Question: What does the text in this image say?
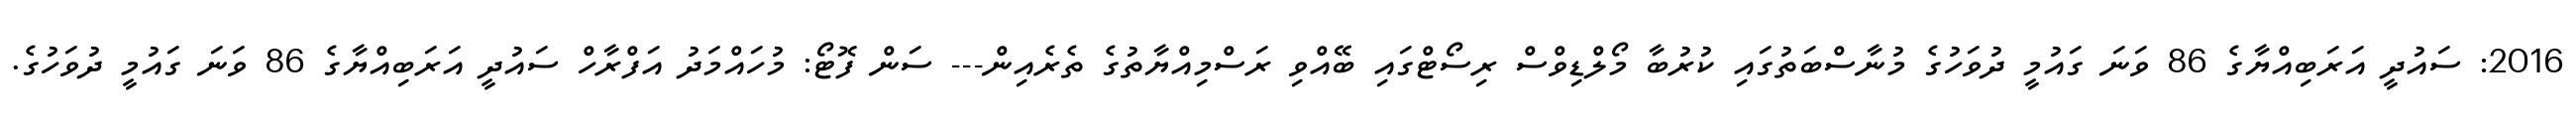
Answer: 2016: ސައުދީ އަރަބިއްޔާގެ 86 ވަނަ ގައުމީ ދުވަހުގެ މުނާސްބަތުގައި ކުރުބާ މޯލްޑިވްސް ރިސޯޓްގައި ބޭއްވި ރަސްމިއްޔާތުގެ ތެރެއިން--- ސަން ފޮޓޯ: މުހައްމަދު އަފްރާހް ސައުދީ އަރަބިއްޔާގެ 86 ވަނަ ގައުމީ ދުވަހުގެ.